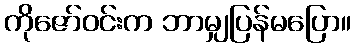
ကိုဇော်ဝင်းက ဘာမျှပြန်မပြော။